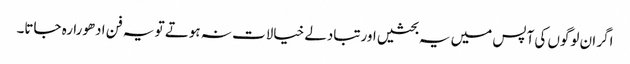
اگر ان لوگوں کی آپس میں یہ بحثیں اورتبادلے خیالات نہ ہوتے تو یہ فن ادھورا رہ جاتا۔